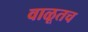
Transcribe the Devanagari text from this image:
वाळूतच